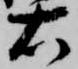
右